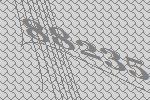
88235